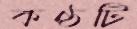
কণ্ঠটি